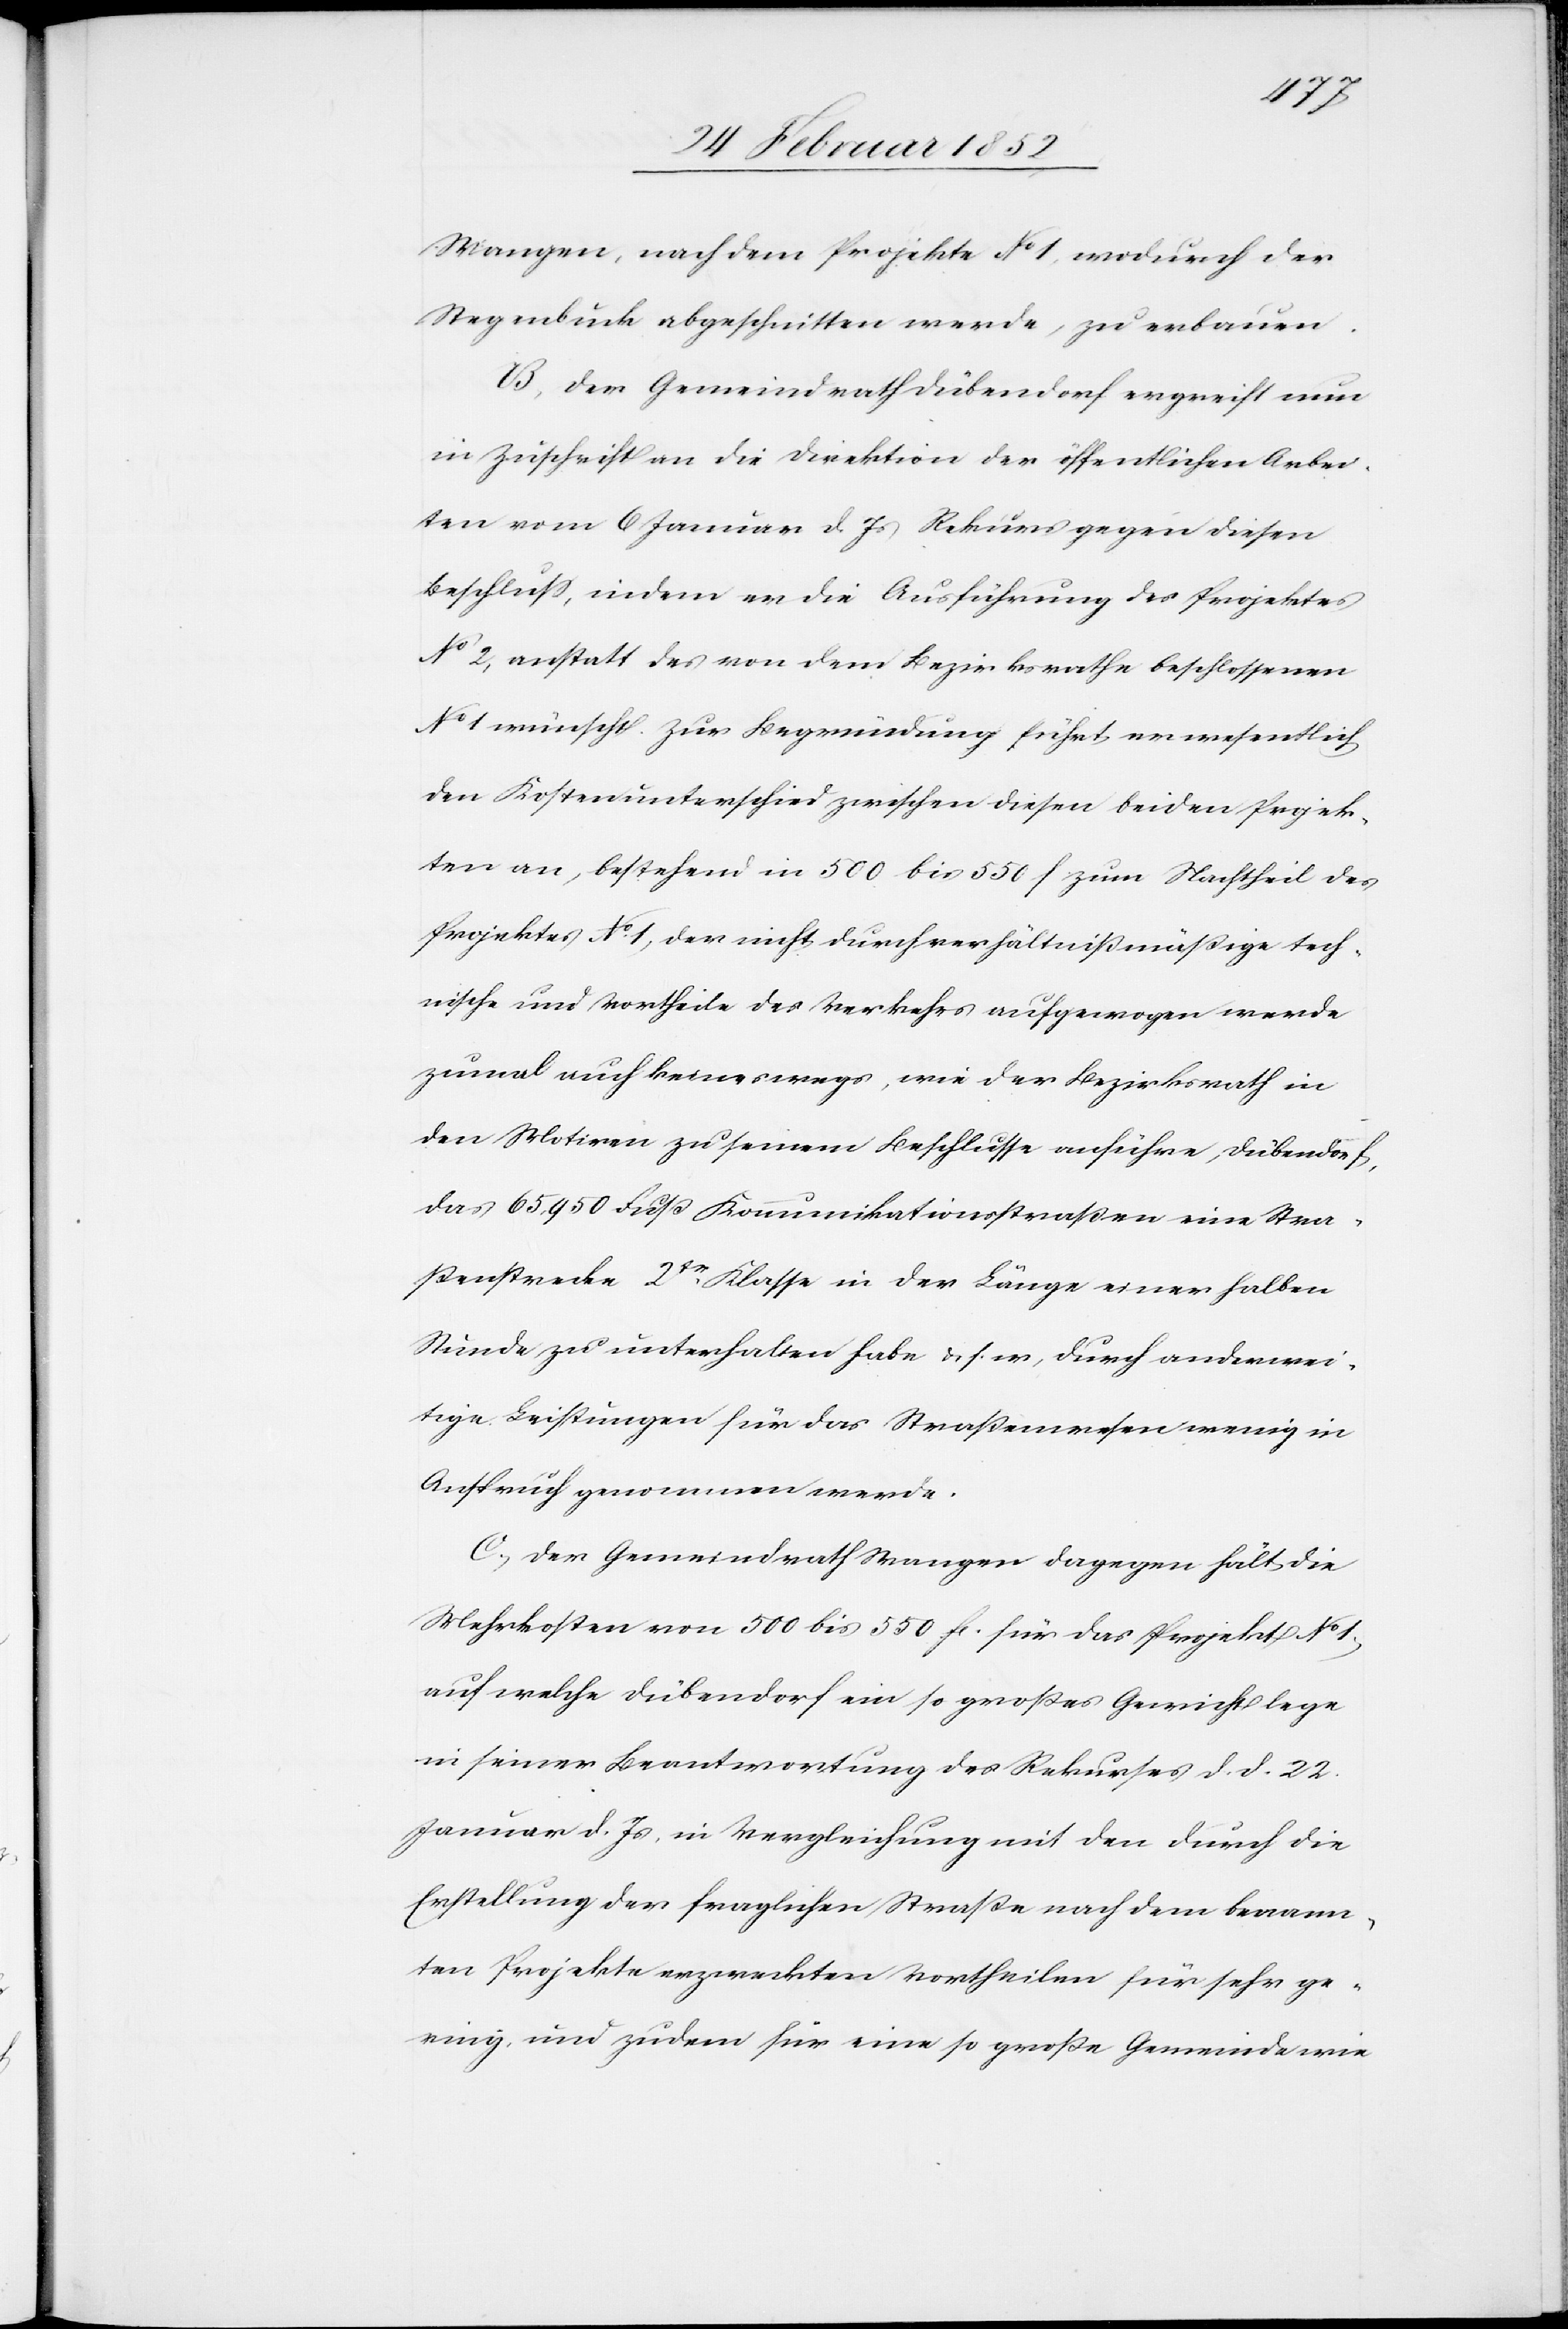
Wangen, nach dem Projekte No 1, wodurch der
Stegenbuck abgeschnitten werde, zu erbauen.
B. Der Gemeindrath Dübendorf ergreift nun
in Zuschrift an die Direktion der öffentlichen Arbei¬
ten vom 6 Januar d. Js Rekurs gegen diesen
Beschluß, indem er die Ausführung des Projektes
No 2, anstatt des von dem Bezirksrathe beschlossenen
No 1 wünscht. Zur Begründung führt er wesentlich
den Kostenunterschied zwischen diesen beiden Projek¬
ten an, bestehend in 500 bis 550 f zum Nachtheil des
Projektes No 1, der nicht durch verhältnißmäßige tech¬
nische und Vortheile des Verkehrs aufgewogen werde
zumal auch keineswegs, wie der Bezirksrath in
den Motiven zu seinem Beschlusse anführe, Dübendorf,
das 65,950 Fuß Kommunikationsstraßen eine Stra¬
ßenstrecke 2te Klasse in der Länge einer halben
Stunde zu unterhalten habe u. s. w., durch anderwei¬
tige Leistungen für das Straßenwesen wenig in
Anspruch genommen werde.
C.) Der Gemeindrath Wangen dagegen hält die
Mehrkosten von 500 bis 550 fr. für das Projekt No 1,
auf welche Dübendorf ein so großes Gewicht lege
in seiner Beantwortung des Rekurses d. d. 22.
Januar d. Js, in Vergleichung mit den durch die
Erstellung der fraglichen Straße nach dem benann¬
ten Projekte erzweckten Vortheilen für sehr ge¬
ring, und zudem für eine große Gemeinde wie